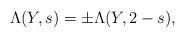
LaTeX: \begin{align*} \Lambda(Y,s) = \pm \Lambda(Y,2-s),\end{align*}